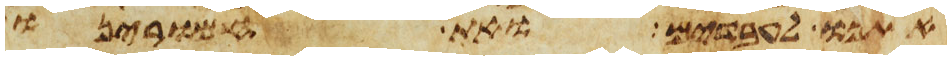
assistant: אתנו לעבדים ואת חמרינו